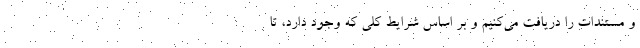
و مستندات را دریافت می‌‌کنیم و بر اساس شرایط کلی که وجود دارد، تا